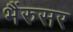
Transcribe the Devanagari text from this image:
भैंरुसर